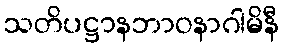
သတိပဋ္ဌာနဘာဝနာဂါမိနီ